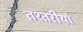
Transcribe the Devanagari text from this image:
तश्तरीयाँ